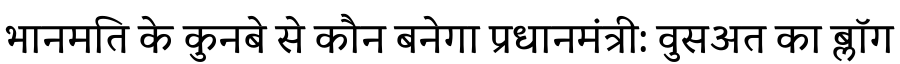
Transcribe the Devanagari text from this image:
भानमति के कुनबे से कौन बनेगा प्रधानमंत्री: वुसअत का ब्लॉग